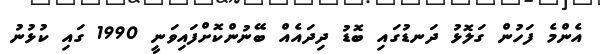
އެންމެ ފަހުން ގަލޮޅު ދަނޑުގައި ބޮޑު ދިދައެއް ބޭނުންކޮށްފައިވަނީ 1990 ގައި ކުޅުނު